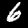
Digit: 6